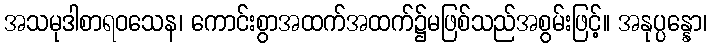
အသမုဒါစာရဝသေန၊ ကောင်းစွာအထက်အထက်၌မဖြစ်သည်အစွမ်းဖြင့်။ အနုပ္ပန္နော၊